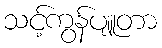
သင့်ကွန်ပျူတာ